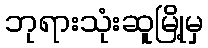
ဘုရားသုံးဆူမြို့မှ